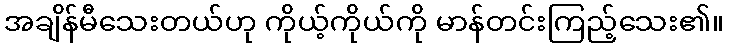
အချိန်မီသေးတယ်ဟု ကိုယ့်ကိုယ်ကို မာန်တင်းကြည့်သေး၏။